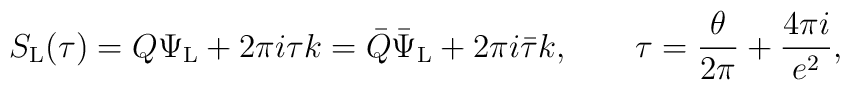
S_{\rm L}(\tau) = Q \Psi_{\rm L} + 2 \pi i \tau k =\bar{Q} \bar{\Psi}_{\rm L} + 2 \pi i \bar{\tau} k,\qquad\tau = \frac{\theta}{2 \pi} + \frac{4 \pi i}{e^2},